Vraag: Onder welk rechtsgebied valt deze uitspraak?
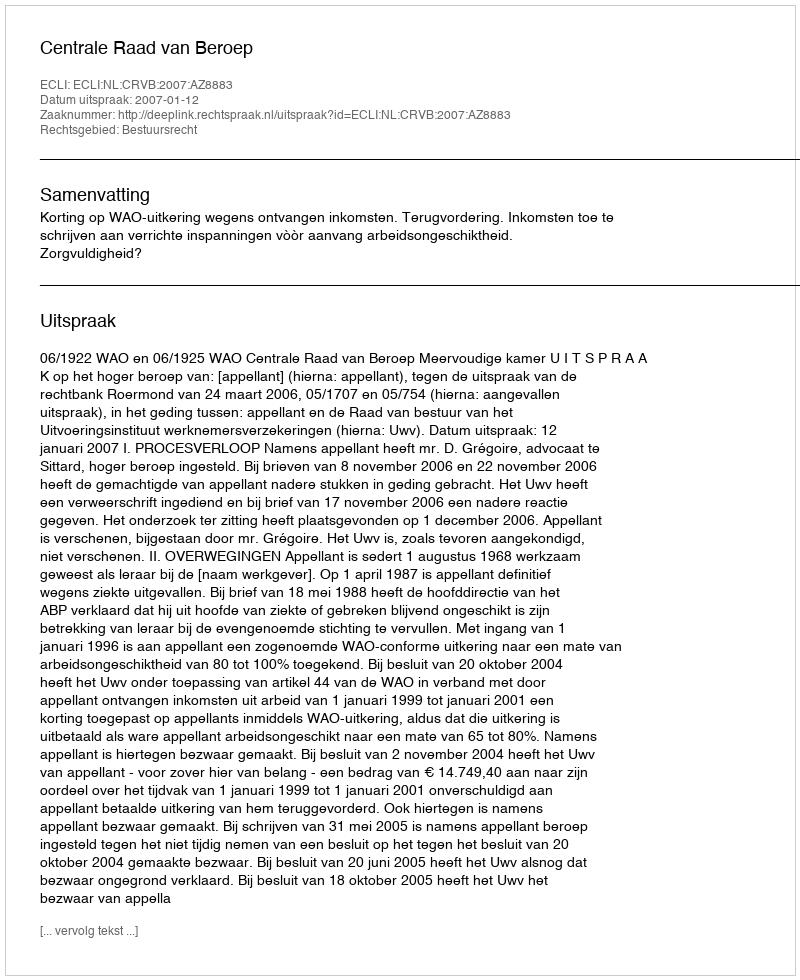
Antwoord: Bestuursrecht